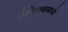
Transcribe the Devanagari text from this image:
खेडेगावामध्ये